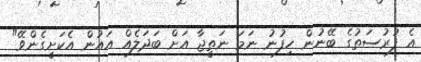
އެ ފުރުސަތުގެ ބޭނުން ހިފުނު ނަމަ ނަތީޖާ އަށް ބަދަލެއް އައުން އެކަށީގެންވޭ"